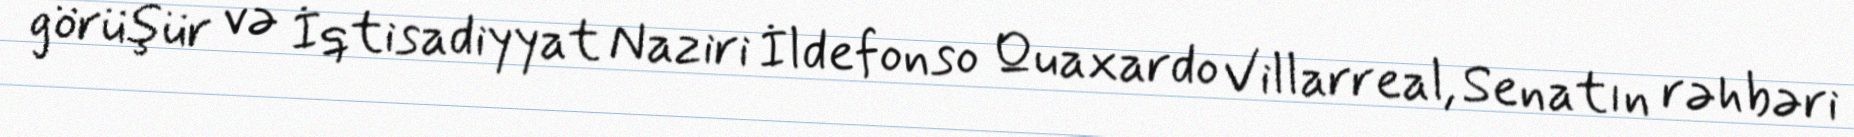
görüşür və İqtisadiyyat Naziri İldefonso Quaxardo Villarreal, Senatın rəhbəri